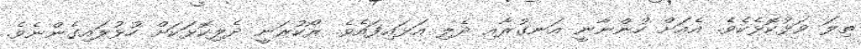
ތިލަ ވަޅުކޮޅެކެވެ. އެއަށް ހުންނާނީ އަނގުރާއި ދެލި އަޅައިފައެވެ. ރޯކުރަނީ ދެލިކޮޅަކަށް ހުޅުލައިގެންނެވެ.